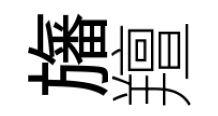
旛羶